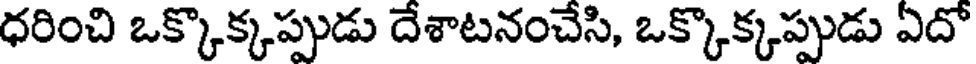
ధరించి ఒక్కొక్కప్పుడు దేశాటనంచేసి, ఒక్కొక్కప్పుడు ఏదో